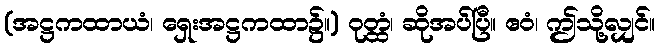
(အဋ္ဌကထာယံ၊ ရှေးအဋ္ဌကထာ၌။) ဝုတ္ထံ၊ ဆိုအပ်ပြီ။ ဧဝံ၊ ဤသို့လျှင်။